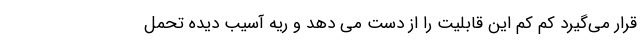
قرار می‌گیرد کم کم این قابلیت را از دست می دهد و ریه آسیب دیده تحمل